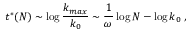
t ^ { * } ( N ) \sim \log \frac { k _ { m a x } } { k _ { 0 } } \sim \frac { 1 } { \omega } \log N - \log k _ { 0 } \; ,